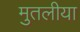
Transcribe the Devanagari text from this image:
मुतलीया